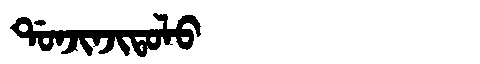
Manchu: ᡩᠣᠨᠵᡳᠨᠵᡳᡨᠣᠯᠣ
Romanization: DONJINJITOLO